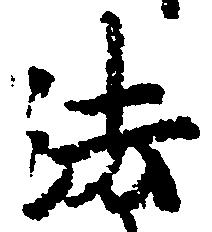
法